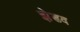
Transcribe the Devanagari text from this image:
झेडव